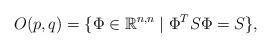
LaTeX: \begin{align*}O(p,q)=\{\Phi\in{\mathbb R}^{n,n}\mid\Phi^TS\Phi=S\},\end{align*}